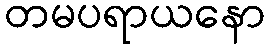
တမပရာယနော